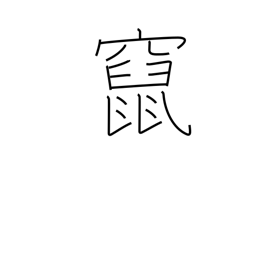
Meaning: flee